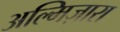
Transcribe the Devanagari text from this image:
अल्मिज़ारा